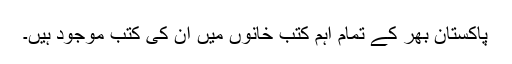
پاکستان بھر کے تمام اہم کتب خانوں میں ان کی کتب موجود ہیں۔